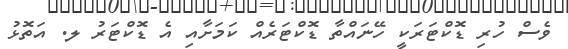
ވެސް ހުރި ޑޮކްޓަރަކީ ހޭނައްތާ ޑޮކްޓަރެއް ކަމަށާއި އެ ޑޮކްޓަރު ލ. އަތޮޅު